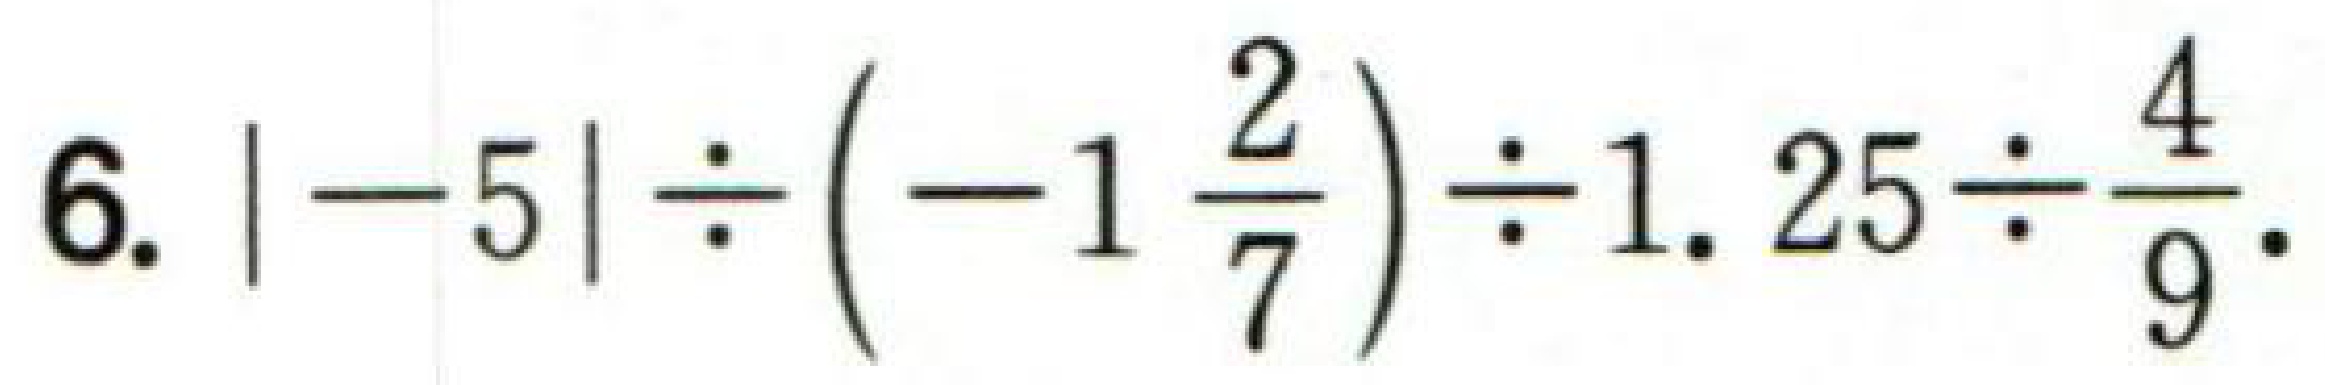
6. \(|-5|\div\left(-1\frac{2}{7}\right)\div1.25\div\frac{4}{9}\).